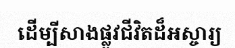
ដើម្បីសាងផ្លូវជីវិតដ៏អស្ចារ្យ